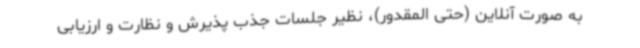
به صورت آنلاین (حتی المقدور)، نظیر جلسات جذب ‌پذیرش و نظارت و ارزیابی